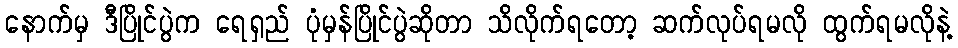
နောက်မှ ဒီပြိုင်ပွဲက ရေရှည် ပုံမှန်ပြိုင်ပွဲဆိုတာ သိလိုက်ရတော့ ဆက်လုပ်ရမလို ထွက်ရမလိုနဲ့